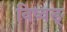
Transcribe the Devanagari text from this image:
विष्वङ्